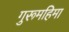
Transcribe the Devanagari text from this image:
गुरूमहिमा